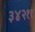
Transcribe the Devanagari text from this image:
३४२११